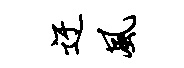
迂风